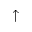
\uparrow